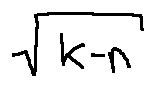
\sqrt { k - n }